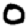
Digit: 0